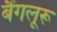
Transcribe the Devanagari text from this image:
बैंगलूरू